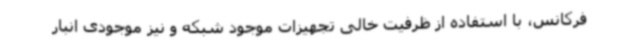
فرکانس، با استفاده از ظرفیت خالی تجهیزات موجود شبکه و نیز موجودی انبار